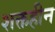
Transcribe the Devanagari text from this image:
शक्तहीन